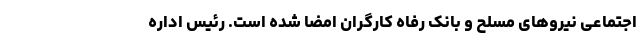
اجتماعی نیروهای مسلح و بانک رفاه کارگران امضا شده است. رئیس اداره